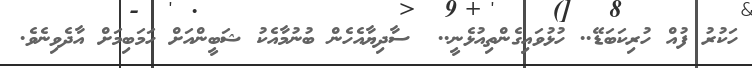
ހަކުރު ފުއް ހުރިކަބަޑޭ.. ހުޅުވައިގެންތިއުޅެނީ..  ސާދިޔާއެހެން ބުނުމާއެކު ޝަބީންއަށް ހަމަބިމަށް އާދެވިނެވެ.